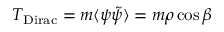
T _ { \mathrm { D i r a c } } = m \langle \psi \tilde { \psi } \rangle = m \rho \cos \beta